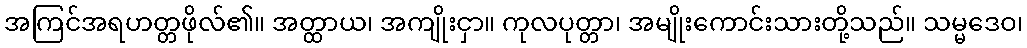
အကြင်အရဟတ္တဖိုလ်၏။ အတ္ထာယ၊ အကျိုးငှာ။ ကုလပုတ္တာ၊ အမျိုးကောင်းသားတို့သည်။ သမ္မဒေဝ၊